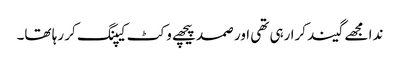
ندا مجھے گیند کرا رہی تھی اور صمد پیچھے وکٹ کیپنگ کر رہا تھا۔